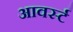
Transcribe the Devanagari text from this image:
आवर्स्ट